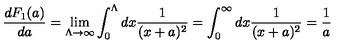
\frac { d F _ { 1 } ( a ) } { d a } = \lim _ { \Lambda \rightarrow \infty } \int _ { 0 } ^ { \Lambda } d x \frac 1 { ( x + a ) ^ { 2 } } = \int _ { 0 } ^ { \infty } d x \frac 1 { ( x + a ) ^ { 2 } } = \frac 1 a